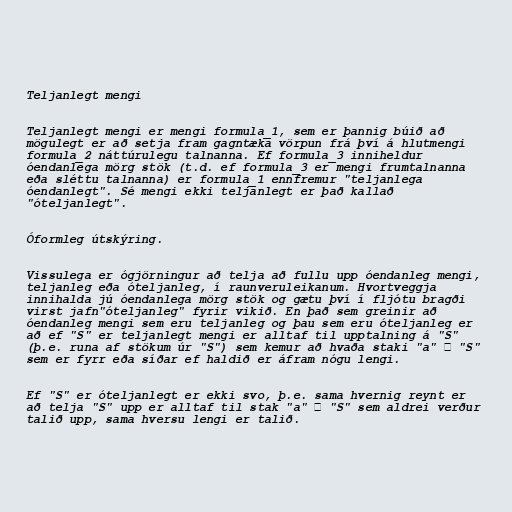
Teljanlegt mengi

Teljanlegt mengi er mengi formula_1, sem er þannig búið að
mögulegt er að setja fram gagntæka vörpun frá því á hlutmengi
formula_2 náttúrulegu talnanna. Ef formula_3 inniheldur
óendanlega mörg stök (t.d. ef formula_3 er mengi frumtalnanna
eða sléttu talnanna) er formula_1 ennfremur "teljanlega
óendanlegt". Sé mengi ekki teljanlegt er það kallað
"óteljanlegt".

Óformleg útskýring.

Vissulega er ógjörningur að telja að fullu upp óendanleg mengi,
teljanleg eða óteljanleg, í raunveruleikanum. Hvortveggja
innihalda jú óendanlega mörg stök og gætu því í fljótu bragði
virst jafn"óteljanleg" fyrir vikið. En það sem greinir að
óendanleg mengi sem eru teljanleg og þau sem eru óteljanleg er
að ef "S" er teljanlegt mengi er alltaf til upptalning á "S"
(þ.e. runa af stökum úr "S") sem kemur að hvaða staki "a" ∈ "S"
sem er fyrr eða síðar ef haldið er áfram nógu lengi.

Ef "S" er óteljanlegt er ekki svo, þ.e. sama hvernig reynt er
að telja "S" upp er alltaf til stak "a" ∈ "S" sem aldrei verður
talið upp, sama hversu lengi er talið.